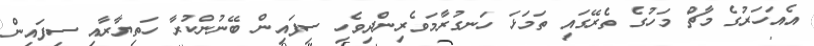
އެއަހަރުގެ މާޗް މަހުގެ ތެރޭގައި ތަމަޅަ ހަނގުރާމަވެރިންދިވެހި ސިފައިން ބޭނުންކުރާ ހަތިޔާރާއި ސިފައިން